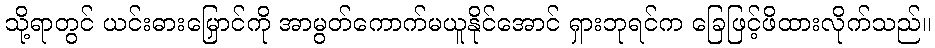
သို့ရာတွင် ယင်းဓားမြှောင်ကို အာမွတ်ကောက်မယူနိုင်အောင် ရှားဘုရင်က ခြေဖြင့်ဖိထားလိုက်သည်။